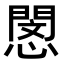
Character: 𢡻